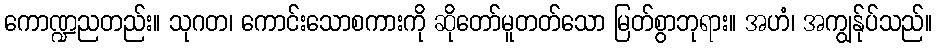
ကောဏ္ဍညတည်း။ သုဂတ၊ ကောင်းသောစကားကို ဆိုတော်မူတတ်သော မြတ်စွာဘုရား။ အဟံ၊ အကျွန်ုပ်သည်။